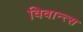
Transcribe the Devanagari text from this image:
विवान्त्स